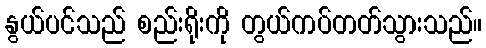
နွယ်ပင်သည် စည်းရိုးကို တွယ်ကပ်တတ်သွားသည်။